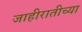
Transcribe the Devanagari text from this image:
जाहीरातीच्या